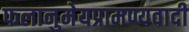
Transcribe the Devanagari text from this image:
फलानुमेयप्रामण्यवादी